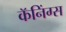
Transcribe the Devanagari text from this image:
कॅनिंग्स